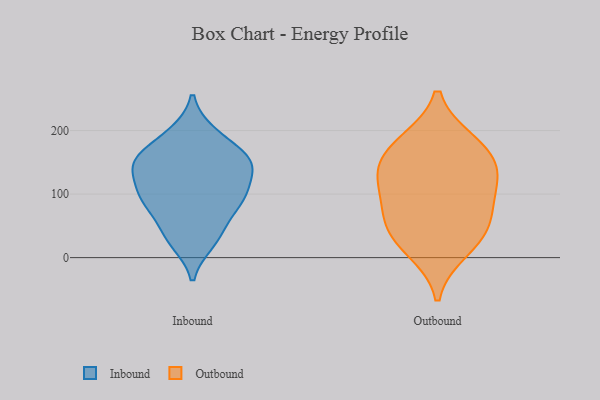
{"axis": {"x": "Energy Usage (MWh)", "y": "Value"}, "legend": ["Inbound", "Outbound"], "data": [{"x": "", "y": 146, "type": "Inbound"}, {"x": "", "y": 150, "type": "Inbound"}, {"x": "", "y": 90, "type": "Inbound"}, {"x": "", "y": 138, "type": "Inbound"}, {"x": "", "y": 196, "type": "Inbound"}, {"x": "", "y": 164, "type": "Inbound"}, {"x": "", "y": 48, "type": "Inbound"}, {"x": "", "y": 95, "type": "Inbound"}, {"x": "", "y": 24, "type": "Inbound"}, {"x": "", "y": 98, "type": "Inbound"}, {"x": "", "y": 12, "type": "Outbound"}, {"x": "", "y": 94, "type": "Outbound"}, {"x": "", "y": 42, "type": "Outbound"}, {"x": "", "y": 74, "type": "Outbound"}, {"x": "", "y": 122, "type": "Outbound"}, {"x": "", "y": 177, "type": "Outbound"}, {"x": "", "y": 182, "type": "Outbound"}, {"x": "", "y": 141, "type": "Outbound"}, {"x": "", "y": 141, "type": "Outbound"}, {"x": "", "y": 41, "type": "Outbound"}]}